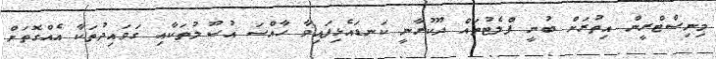
މިނިސްޓްރީން އިތުރަށް ބުނީ ފްލެޓުތައް ދޫކުރާނީ ކަނޑައެޅިފައިވާ ހާއްސަ އުސޫލުތަކާއި ގަވައިދުތަކާ އެއްގޮތަށް